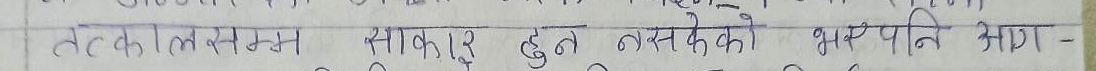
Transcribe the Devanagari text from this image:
तत्कालसम्म साकुरा हुन नसकेको अस्पताल भाग -